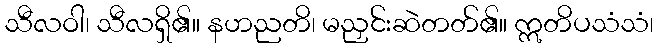
သီလဝါ၊ သီလရှိ၏။ နဟညတိ၊ မညှင်းဆဲတတ်၏။ ဣတိပသံသံ၊